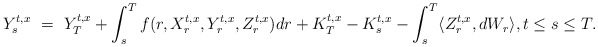
\begin{align*}Y_s^{t,x} \ = \ Y_T^{t,x} + \int_s^T f(r,X_r^{t,x},Y_r^{t,x},Z_r^{t,x}) dr + K_T^{t,x} - K_s^{t,x} - \int_s^T \langle Z_r^{t,x},dW_r\rangle, t \leq s \leq T.\end{align*}